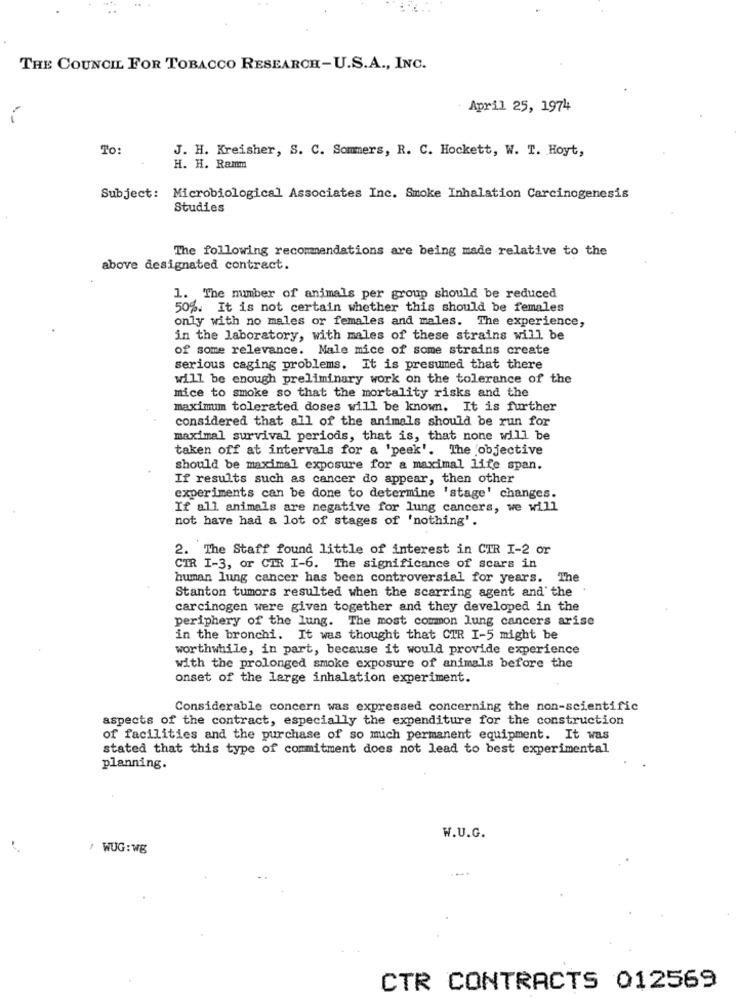
THE COUNCIL FOR TOBACCO RESEARCH-U.S.A ., INC.
April 25, 1974
To:
J. H. Kreisher, S. C. Sommers, R. C. Hockett, W. T. Hoyt,
H. H. Ramm
Subject: Microbiological Associates Inc. Smoke Inhalation Carcinogenesis
Studies
The following recommendations are being made relative to the
above designated contract.
1. The number of animals per group should be reduced
50%. It is not certain whether this should be females
only with no males or females and males. The experience,
in the laboratory, with males of these strains will be
of some relevance. Nale mice of some strains create
serious caging problems. It is presumed that there
will be enough preliminary work on the tolerance of the
mice to smoke so that the mortality risks and the
maximum tolerated doses will be known. It is further
considered that all of the animals should be run for
maximal survival periods, that is, that none will be
taken off at intervals for a 'peek'. The objective
should be maximal exposure for a maximal life span.
If results such as cancer do appear, then other
experiments can be done to determine 'stage' changes.
If all animals are negative for lung cancers, we will
not have had a lot of stages of 'nothing'.
2. The Staff found little of interest in CIR I-2 or
CTR I-3, or CIR I-6. The significance of scars in
human lung cancer has been controversial for years. The
Stanton tumors resulted when the scarring agent and the
carcinogen were given together and they developed in the
periphery of the lung. The most common lung cancers arise
in the bronchi. It was thought that CTR I-5 might be
worthwhile, in part, because it would provide experience
with the prolonged smoke exposure of animals before the
onset of the large inhalation experiment.
Considerable concern was expressed concerning the non-scientific
aspects of the contract, especially the expenditure for the construction
of facilities and the purchase of so much permanent equipment. It was
stated that this type of commitment does not lead to best experimental
planning.
W.U.G.
/ WUG: WE
CTR CONTRACTS 012569